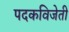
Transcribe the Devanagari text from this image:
पदकविजेती